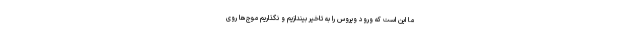
ما این است که ورود ویروس را به تاخیر بیندازیم و نگذاریم موج‌ها روی